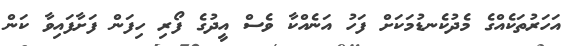
އަހަރުތަކެއްގެ މެދުކެނޑުމަކަށް ފަހު އަނެއްކާ ވެސް އީދުގެ ފޯރި ހިފަން ފަށާފައިވާ ކަން